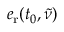
e _ { \mathrm { r } } ( t _ { 0 } , \tilde { \nu } )